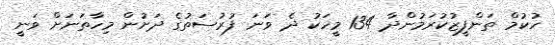
ހުކުމް ތަންފީޒުކުރަމުންދާ 134 މީހަކު ދެ ވަނަ ފުރުސަތުގެ ދަށުން މިހާތަނަށް ވަނީ